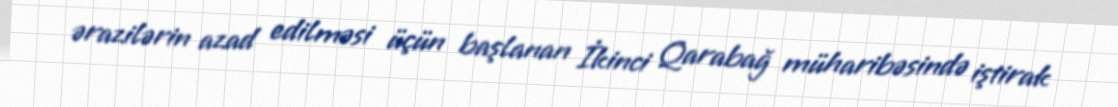
ərazilərin azad edilməsi üçün başlanan İkinci Qarabağ müharibəsində iştirak